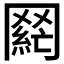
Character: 𮊌